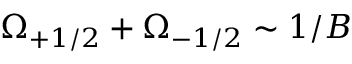
\Omega _ { + 1 / 2 } + \Omega _ { - 1 / 2 } \sim 1 / B